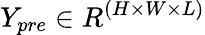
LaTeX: Y_{pre}\in R^{(H\times W\times L)}